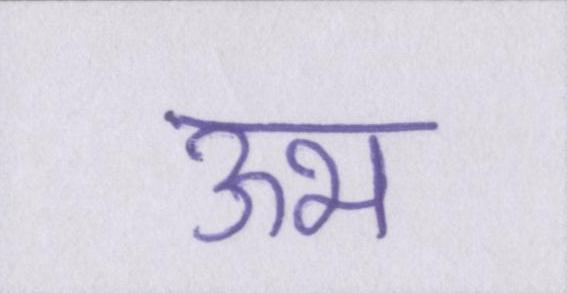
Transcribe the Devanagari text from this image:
ऊभ